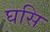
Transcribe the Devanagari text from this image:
घसि